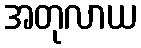
အတုလာယ